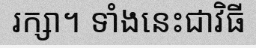
រក្សា។ ទាំងនេះជាវិធី